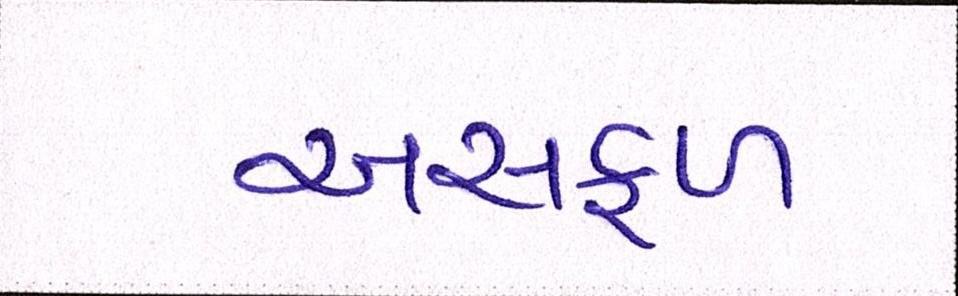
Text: અસફળ